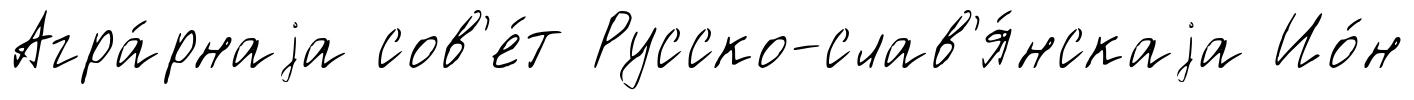
Агра́рнаjа сов'е́т Русско-слав'я́нскаjа Ио́н